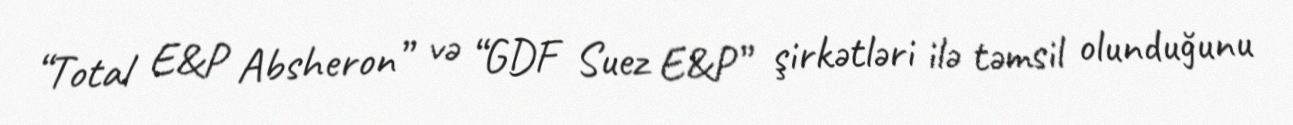
“Total E&P Absheron” və “GDF Suez E&P” şirkətləri ilə təmsil olunduğunu